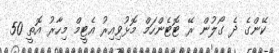
ކޭންގެ ދެ ގޯލުން ރޭ ޓޮޓެންހަމް މޮޅުވިއިރު އެޓީމް މިހާރު އޮތީ 50